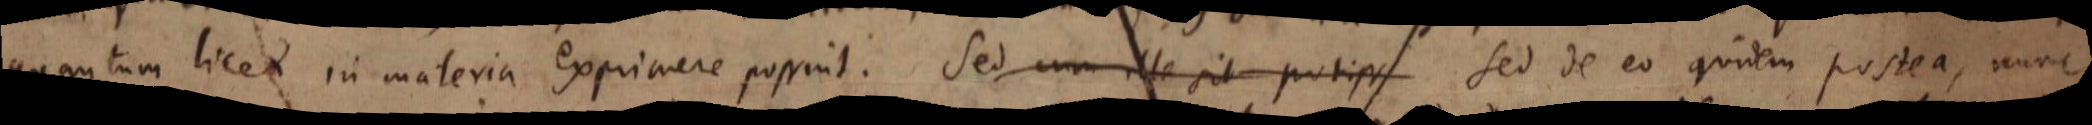
quantum licet in materia exprimere possint. Sed cum ille sit potiss Sed de eo quidem postea, nunc